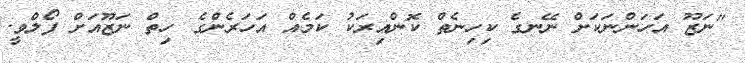
"ނަޒޫ އަހަންނަކަށް ނޭނގެ ކިހިނެތް ކޮންއިރަކު ކަމެއް އަހަރެންގެ ހިތް ނަޒޫއަށް ފޯލްވީ.